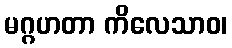
မဂ္ဂဟတာ ကိလေသာဝ၊